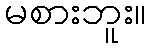
မစားဘူး။